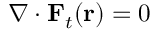
\nabla \cdot \mathbf { F } _ { t } ( \mathbf { r } ) = 0